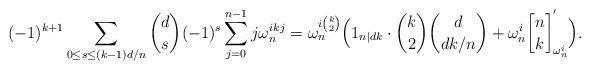
LaTeX: \begin{align*}(-1)^{k+1}\sum_{0 \le s \le (k-1)d/n} \binom{d}{s} (-1)^s \sum_{j=0}^{n-1} j \omega_n^{ikj} = \omega_n^{i\binom{k}{2}} \Big( 1_{n \mid dk} \cdot \binom{k}{2} \binom{d}{dk/n} + \omega_n^i {n \brack k}^{'}_{\omega_n^i} \Big).\end{align*}